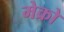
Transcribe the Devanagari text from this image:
मेक्रो